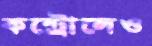
কন্ট্রোলেও